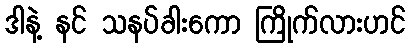
ဒါနဲ့ နင် သနပ်ခါးကော ကြိုက်လားဟင်